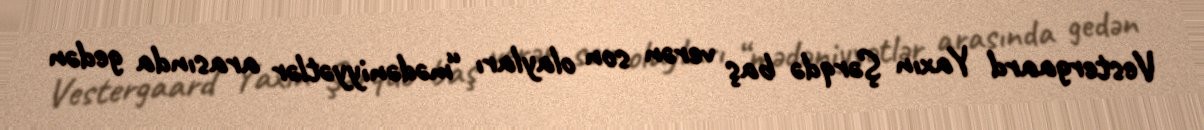
Vestergaard Yaxın Şərqdə baş verən son olayları “mədəniyyətlər arasında gedən